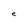
Character: C